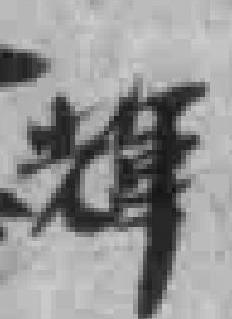
輝